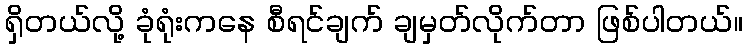
ရှိတယ်လို့ ခုံရုံးကနေ စီရင်ချက် ချမှတ်လိုက်တာ ဖြစ်ပါတယ်။